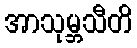
အာသုမ္ဘသီတိ